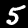
Label: 5